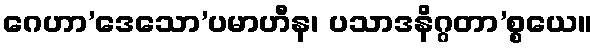
ဂေဟာ’ဒေသော’ပမာဟီန၊ ပသာဒနိဂ္ဂတာ’စ္စယေ။